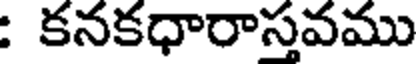
: కనకధారాస్తవము